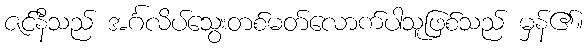
ဇင်နီသည် အင်္ဂလိပ်သွေးတစ်မတ်လောက်ပါသူဖြစ်သည် မှန်၏။